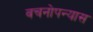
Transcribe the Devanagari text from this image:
वचनोपन्यास